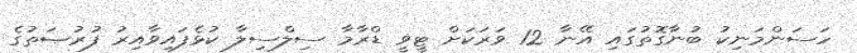
ހަސަންމަނިކު ބުނާގޮތުގައި އޭނާ 12 ވަރަކަށް ޓީޥީ ޑްރާމާ ސިލްސިލާ ކުޅެފައިވާއިރު ފުރުޞަތުގެ